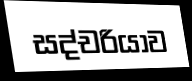
සද්චරියාව